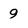
Character: 9